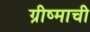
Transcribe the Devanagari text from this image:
ग्रीष्माची